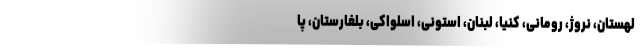
لهستان، نروژ، رومانی، کنیا، لبنان، استونی، اسلواکی، بلغارستان، پا